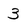
Character: 3